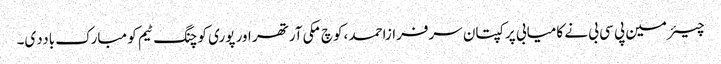
چیئرمین پی سی بی نے کامیابی پر کپتان سرفرازاحمد ،کوچ مکی آرتھر اور پوری کوچنگ ٹیم کو مبارک باددی۔